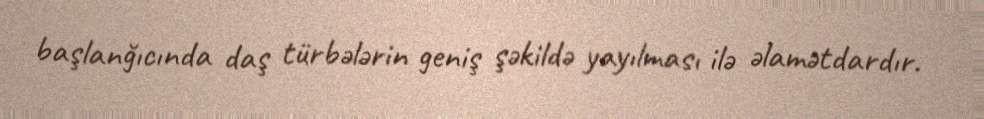
başlanğıcında daş türbələrin geniş şəkildə yayılması ilə əlamətdardır.